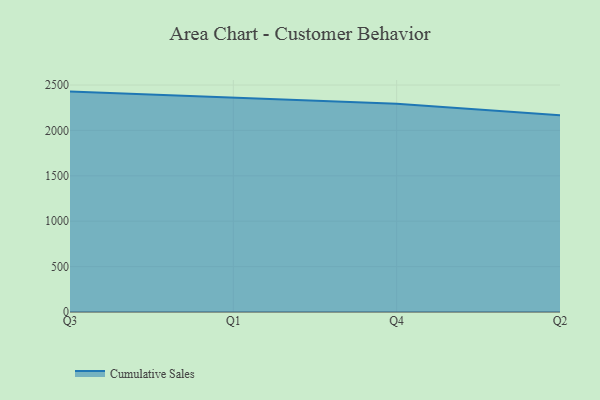
{"axis": {"x": "Quarter", "y": "Demand Index"}, "legend": ["Cumulative Sales"], "data": [{"x": "Q3", "y": 2427.5, "type": "Cumulative Sales"}, {"x": "Q1", "y": 2363.9, "type": "Cumulative Sales"}, {"x": "Q4", "y": 2293.6, "type": "Cumulative Sales"}, {"x": "Q2", "y": 2167.3, "type": "Cumulative Sales"}]}